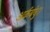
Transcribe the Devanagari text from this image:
अर्कबंधु।